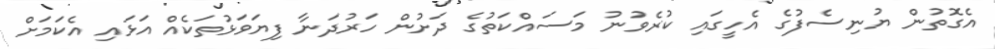
އެގޮތުން ޔުނިސެފުގެ އެހީގައި ކުރެވުނު މަސައްކަތުގެ ދަށުން ހަރުދަނާ ފިޔަވަޅުތަކެއް އަޅައި އެކަމަށް